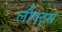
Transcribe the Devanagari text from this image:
लौफ्ट्स